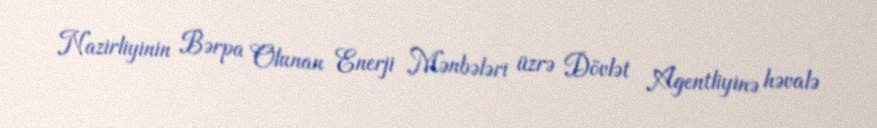
Nazirliyinin Bərpa Olunan Enerji Mənbələri üzrə Dövlət Agentliyinə həvalə